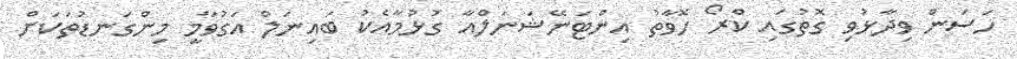
ހަސަން ވިދާޅުވި ގޮތުގައި ކްރޯ ހޮވާތު އިންޓަނޭޝަނަލްއާ ގުޅުމާއެކު ބައިނަލް އަގުވާމީ މިންގަނޑުތަކަށް